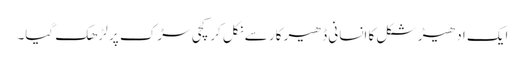
ایک ادھیڑ شکل کا انسانی ڈھیر کار سے نکل کر کچی سڑک پر لڑھک گیا۔